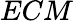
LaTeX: ECM